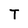
Character: T